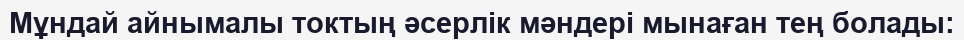
Мұндай айнымалы токтың әсерлік мәндері мынаған тең болады: